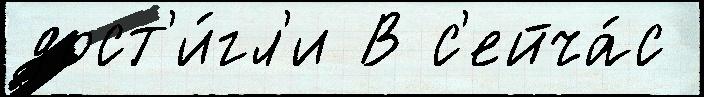
дост'и́гл'и В с'ейча́с